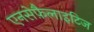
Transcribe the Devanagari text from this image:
एनसेफ़ैलाइटिज